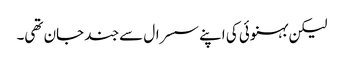
لیکن بہنوئی کی اپنے سسرال سے جند جان تھی۔